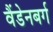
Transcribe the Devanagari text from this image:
वैंडेनबर्ग